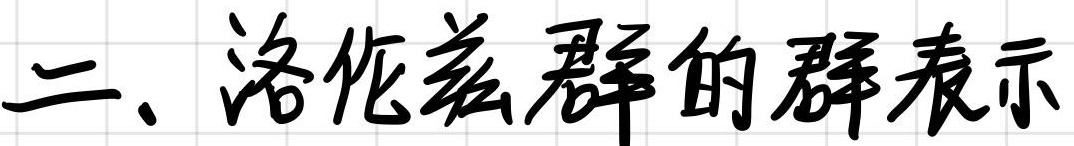
二、洛伦兹群的群表示